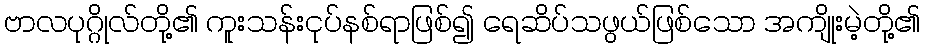
ဗာလပုဂ္ဂိုလ်တို့၏ ကူးသန်းငုပ်နစ်ရာဖြစ်၍ ရေဆိပ်သဖွယ်ဖြစ်သော အကျိုးမဲ့တို့၏